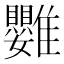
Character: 䨉